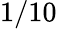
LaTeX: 1/10